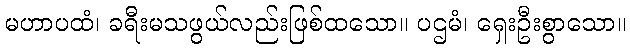
မဟာပထံ၊ ခရီးမသဖွယ်လည်းဖြစ်ထသော။ ပဌမံ၊ ရှေးဦးစွာသော။